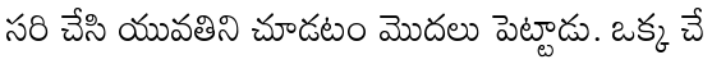
సరి చేసి యువతిని చూడటం మొదలు పెట్టాడు. ఒక్క చే